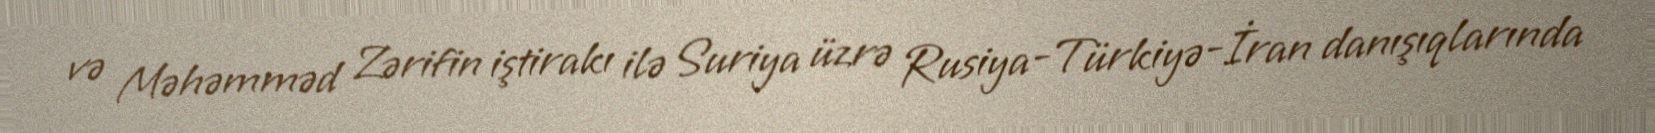
və Məhəmməd Zərifin iştirakı ilə Suriya üzrə Rusiya-Türkiyə-İran danışıqlarında